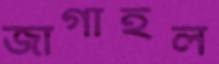
জাগাইল